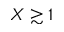
X \gtrsim 1